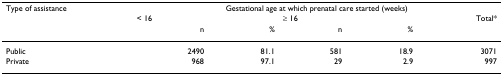
<table><thead><tr><td><b>Type of assistance</b></td><td colspan="5"><b>Gestational age at which prenatal care started (weeks)</b></td></tr><tr><td></td><td colspan="2"><b>&lt; 16</b></td><td colspan="2"><b>≥ 16</b></td><td><b>Total*</b></td></tr><tr><td></td><td><b>n</b></td><td><b>%</b></td><td><b>n</b></td><td><b>%</b></td><td></td></tr></thead><tbody><tr><td>Public</td><td>2490</td><td>81.1</td><td>581</td><td>18.9</td><td>3071</td></tr><tr><td>Private</td><td>968</td><td>97.1</td><td>29</td><td>2.9</td><td>997</td></tr></tbody></table>